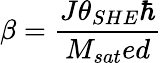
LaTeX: \beta=\frac{J\theta_{SHE}\hbar}{M_{sat}ed}